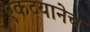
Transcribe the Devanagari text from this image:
एकटयानेच